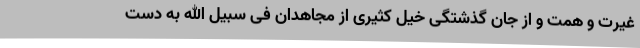
غیرت و همت و از جان گذشتگی خیل کثیری از مجاهدان فی سبیل الله به دست